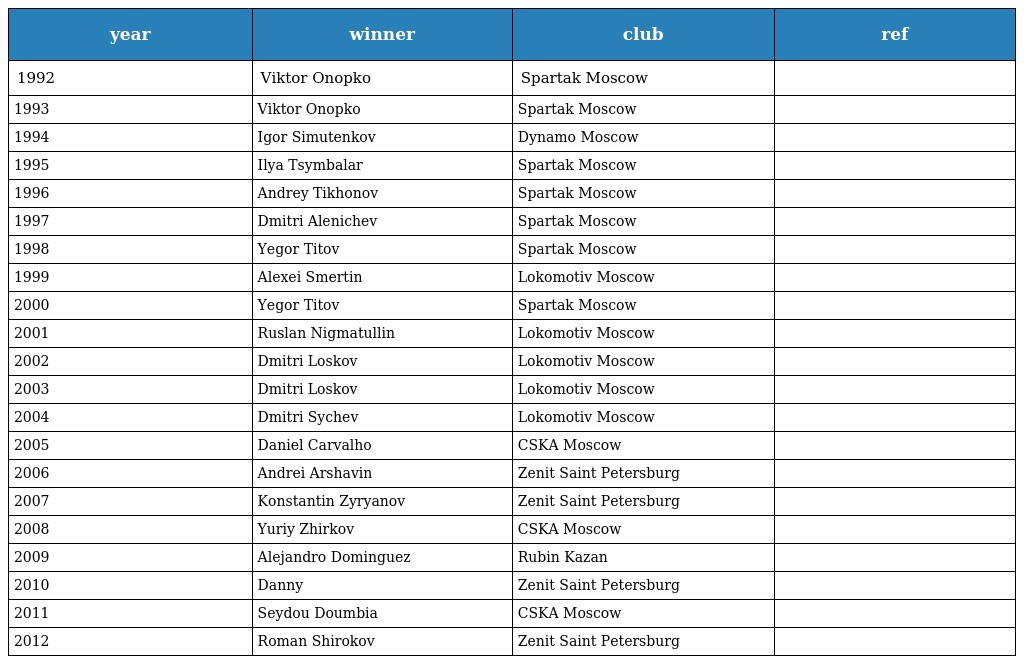
| year | winner | club | ref |
 | --- | --- | --- | --- |
 | 1992 | Viktor Onopko | Spartak Moscow |  |
 | 1993 | Viktor Onopko | Spartak Moscow |  |
 | 1994 | Igor Simutenkov | Dynamo Moscow |  |
 | 1995 | Ilya Tsymbalar | Spartak Moscow |  |
 | 1996 | Andrey Tikhonov | Spartak Moscow |  |
 | 1997 | Dmitri Alenichev | Spartak Moscow |  |
 | 1998 | Yegor Titov | Spartak Moscow |  |
 | 1999 | Alexei Smertin | Lokomotiv Moscow |  |
 | 2000 | Yegor Titov | Spartak Moscow |  |
 | 2001 | Ruslan Nigmatullin | Lokomotiv Moscow |  |
 | 2002 | Dmitri Loskov | Lokomotiv Moscow |  |
 | 2003 | Dmitri Loskov | Lokomotiv Moscow |  |
 | 2004 | Dmitri Sychev | Lokomotiv Moscow |  |
 | 2005 | Daniel Carvalho | CSKA Moscow |  |
 | 2006 | Andrei Arshavin | Zenit Saint Petersburg |  |
 | 2007 | Konstantin Zyryanov | Zenit Saint Petersburg |  |
 | 2008 | Yuriy Zhirkov | CSKA Moscow |  |
 | 2009 | Alejandro Dominguez | Rubin Kazan |  |
 | 2010 | Danny | Zenit Saint Petersburg |  |
 | 2011 | Seydou Doumbia | CSKA Moscow |  |
 | 2012 | Roman Shirokov | Zenit Saint Petersburg |  |